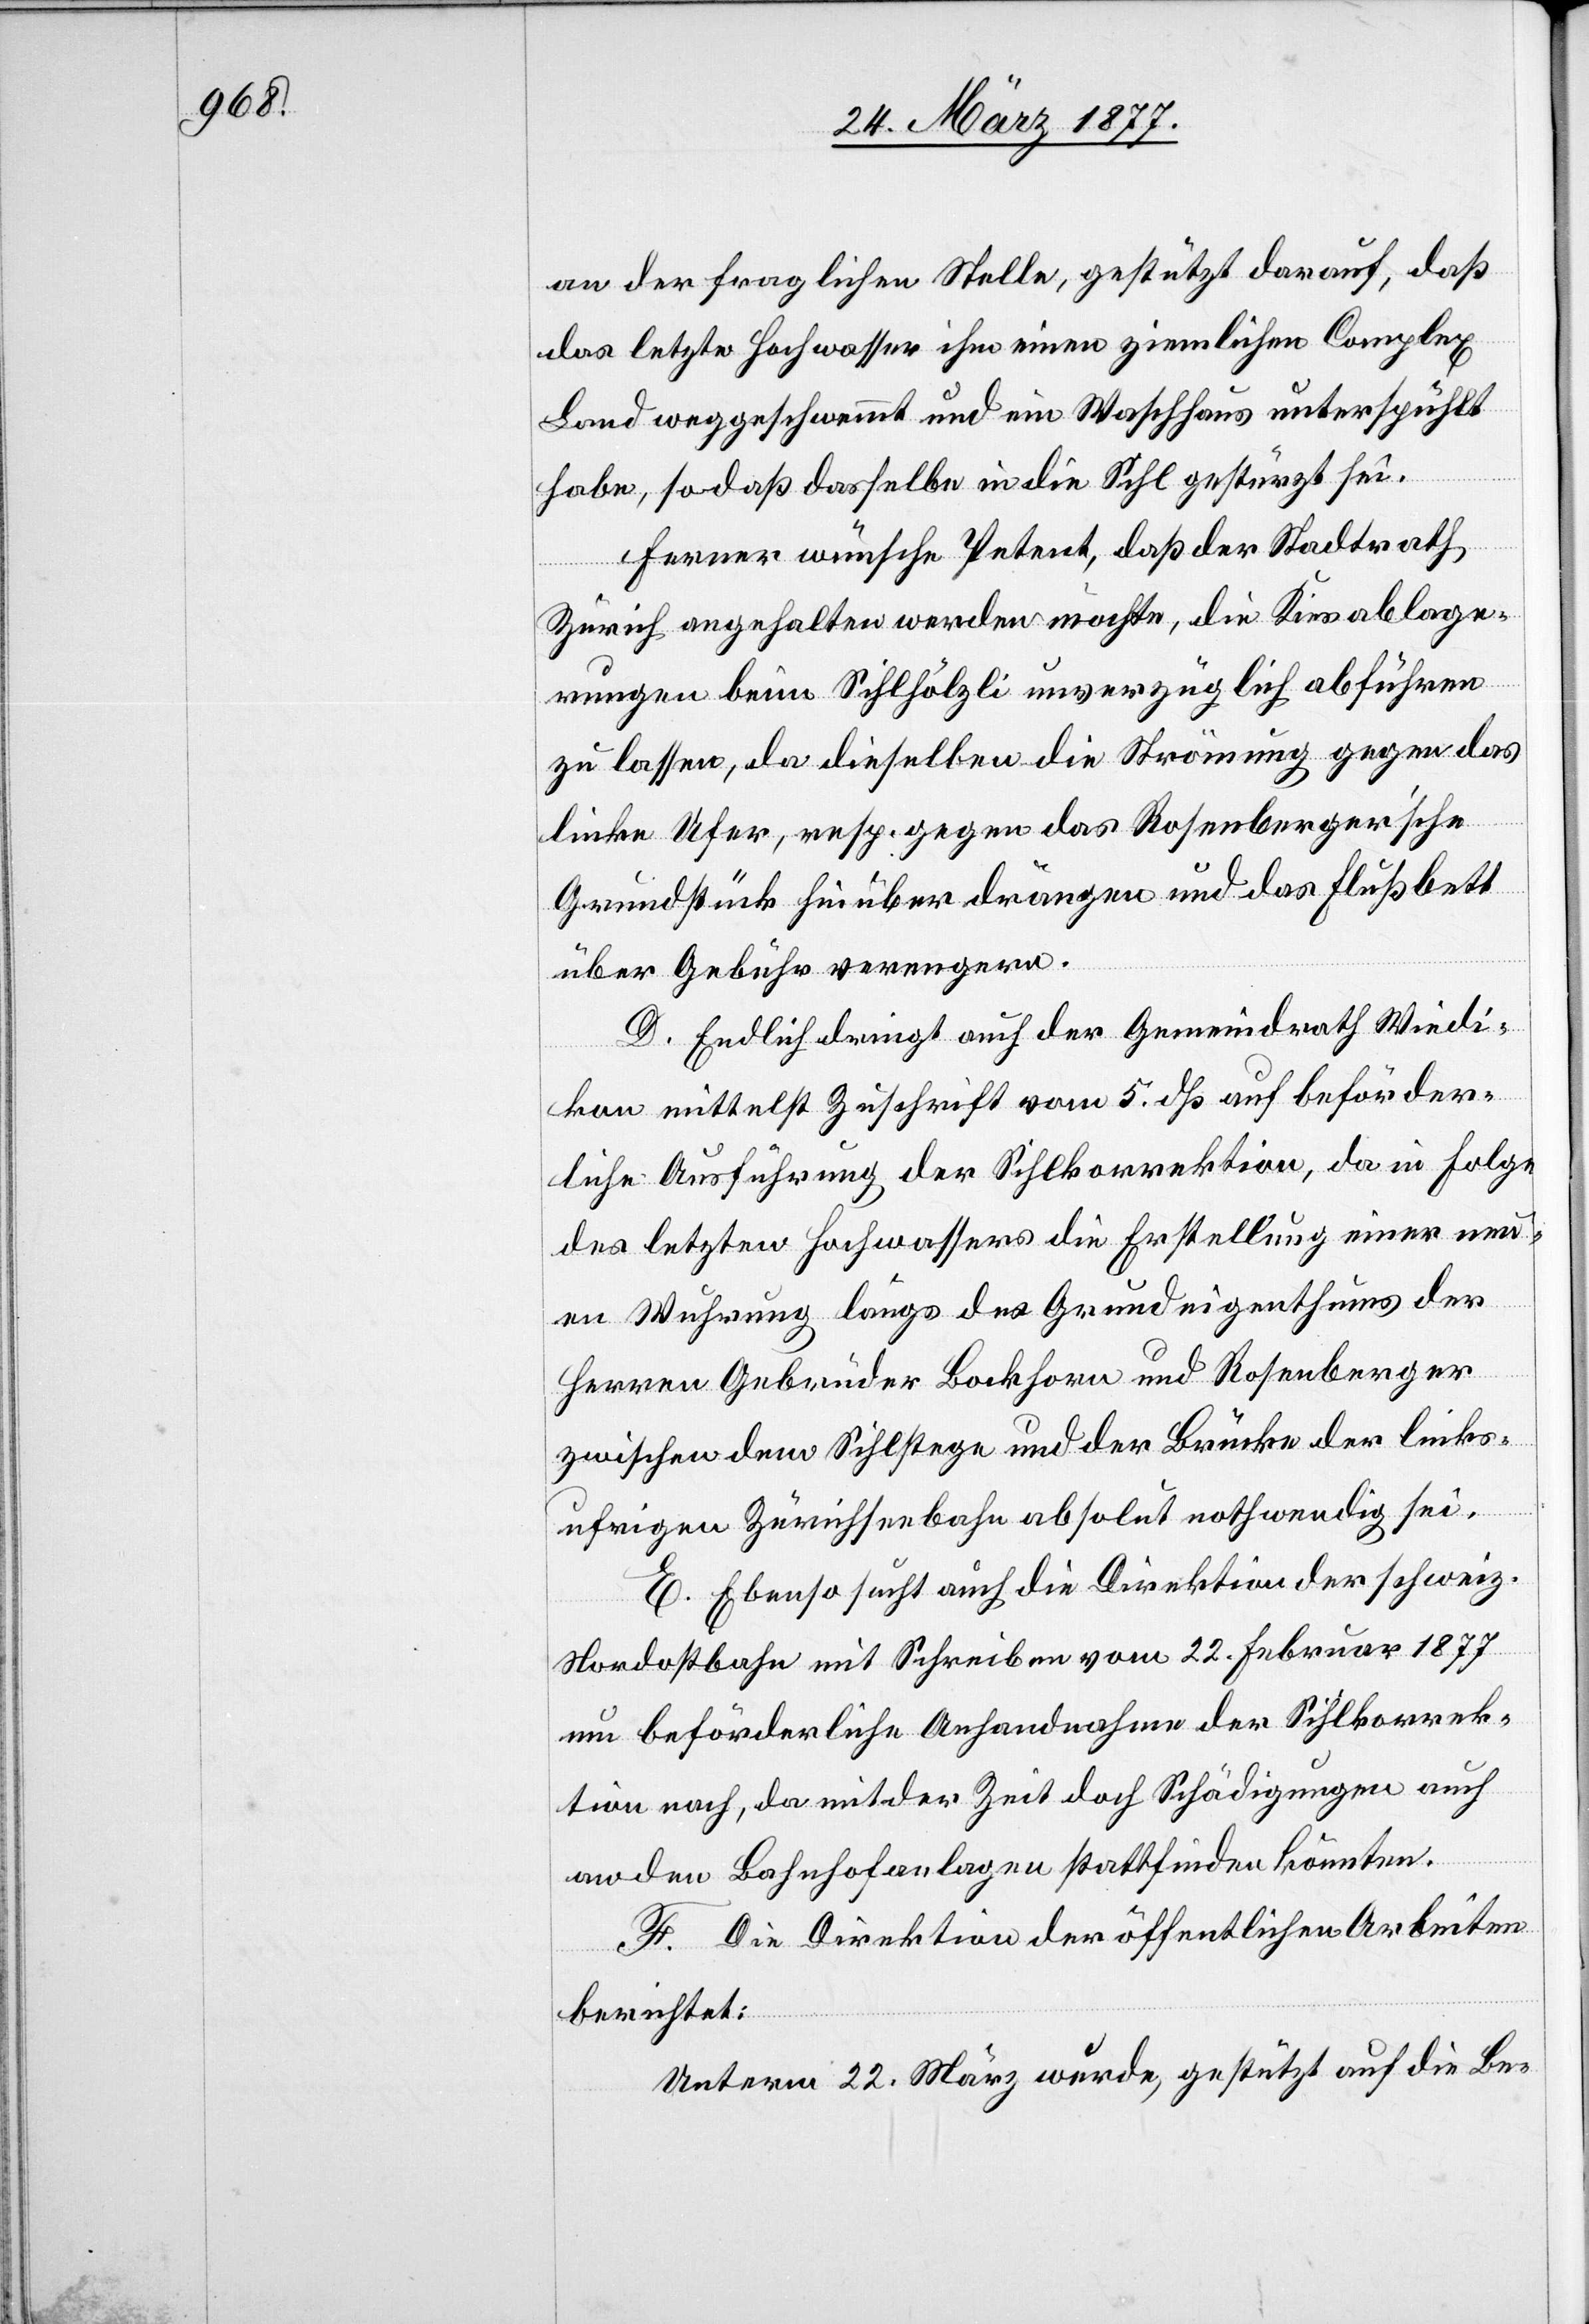
an der fraglichen Stelle, gestützt darauf, daß
das letzte Hochwasser ihm einen ziemlichen Complex
Land weggeschwemmt und ein Waschhaus unterspühlt
habe, so daß dasselbe in die Sihl gestürzt sei.
Ferner wünsche Petent, daß der Stadtrath
Zürich angehalten werden möchte, die Kiesablage¬
rungen beim Sihlhölzli unverzüglich abführen
zu lassen, da dieselben die Strömung gegen das
linke Ufer, resp. gegen das Rosenberger’sche
Grundstück hinüber drängen und das Flußbett
über Gebühr verengern.
D. Endlich dringt auch der Gemeindrath Wiedi¬
kon mittelst Zuschrift vom 5. dß auf beförder¬
liche Ausführung der Sihlkorrektion, da in Folge
des letzten Hochwassers die Erstellung einer neu¬
en Wuhrung längs des Grundeigenthums der
Herren Gebrüder Bockhorn und Rosenberger
zwischen dem Sihlstege und der Brücke der links¬
ufrigen Zürichseebahn absolut nothwendig sei.
E. Ebenso sucht auch die Direktion der schweiz.
Nordostbahn mit Schreiben vom 22. Februar 1877
um beförderliche Anhandnahme der Sihlkorrek¬
tion nach, da mit der Zeit doch Schädigungen auch
an den Bahnhofanlagen stattfinden könnten.
F. Die Direktion der öffentlichen Arbeiten
berichtet:
Unterm 22. März wurde, gestützt auf die Be-